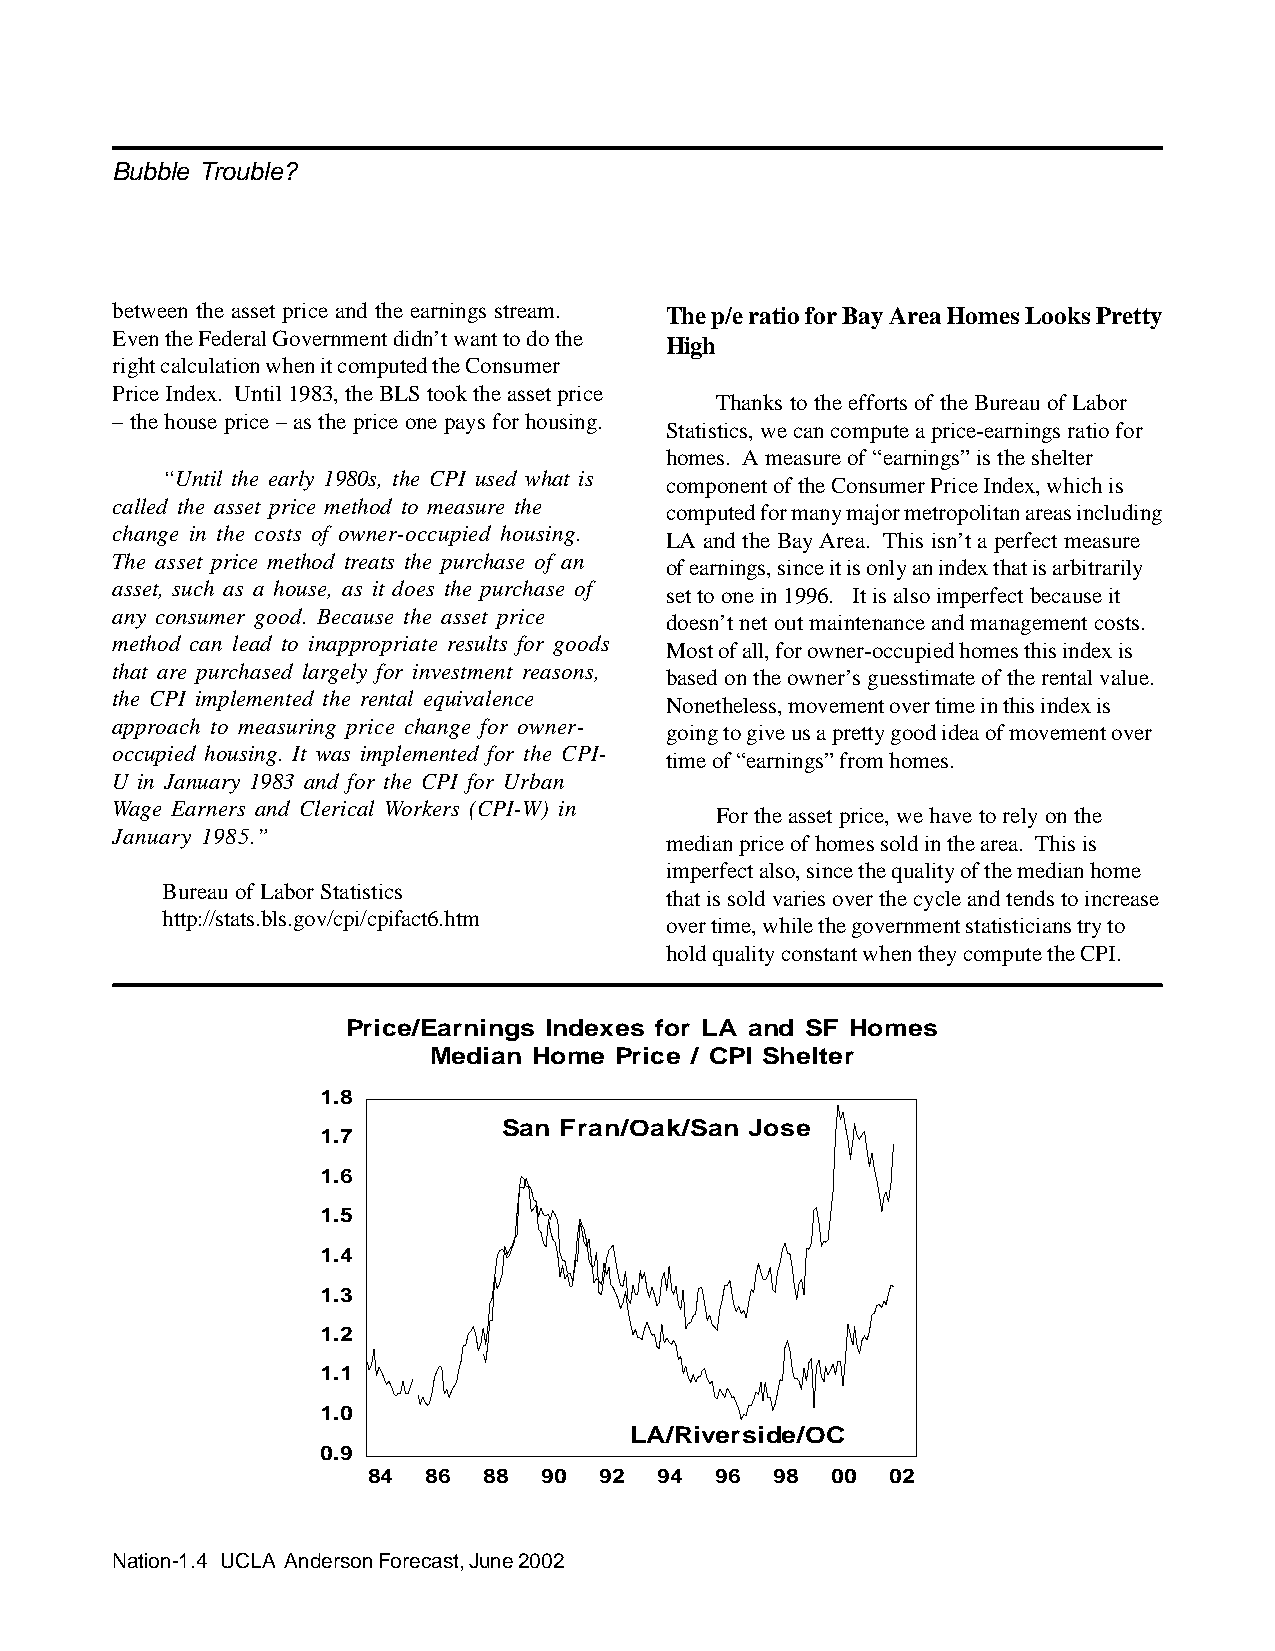
Bubble Trouble?
 between the asset price and the earnings stream. The p/e ratio for Bay Area Homes Looks Pretty
 Even the Federal Government didn’t want to do the
 High
 right calculation when it computed the Consumer
 Price Index. Until 1983, the BLS took the asset price
 Thanks to the efforts of the Bureau of Labor
 – the house price – as the price one pays for housing.
 Statistics, we can compute a price-earnings ratio for
 homes. A measure of “earnings” is the shelter
 “Until the early 1980s, the CPI used what is
 component of the Consumer Price Index, which is
 called the asset price method to measure the
 computed for many major metropolitan areas including
 change in the costs of owner-occupied housing.
 LA and the Bay Area. This isn’t a perfect measure
 The asset price method treats the purchase of an
 of earnings, since it is only an index that is arbitrarily
 asset, such as a house, as it does the purchase of
 set to one in 1996. It is also imperfect because it
 any consumer good. Because the asset price
 doesn’t net out maintenance and management costs.
 method can lead to inappropriate results for goods
 Most of all, for owner-occupied homes this index is
 that are purchased largely for investment reasons,
 based on the owner’s guesstimate of the rental value.
 the CPI implemented the rental equivalence
 Nonetheless, movement over time in this index is
 approach to measuring price change for owner-
 going to give us a pretty good idea of movement over
 occupied housing. It was implemented for the CPI-
 time of “earnings” from homes.
 U in January 1983 and for the CPI for Urban
 Wage Earners and Clerical Workers (CPI-W) in
 For the asset price, we have to rely on the
 January 1985.”
 median price of homes sold in the area. This is
 imperfect also, since the quality of the median home
 Bureau of Labor Statistics
 that is sold varies over the cycle and tends to increase
 http://stats.bls.gov/cpi/cpifact6.htm
 over time, while the government statisticians try to
 hold quality constant when they compute the CPI.
 Price/Earnings Indexes for LA and SF Homes
 Median Home  Price / CPI Shelter
 1.8
 San Fran/Oak/San Jose
 1.7
 1.6
 1.5
 1.4
 1.3
 1.2
 1.1
 1.0
 LA/Riverside/OC
 0.9
 84  86  88  90  92  94 96  98  00  02
 Nation-1.4 UCLA Anderson Forecast, June 2002